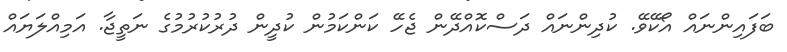
ބަފައިންނައް އޯކޭވޭ. ކުދިންނައް ދަސްކޮއްދޭން ޖެހޭ ކަންކަމުން ކުދީން ދުރުކުރުމުގެ ނަތީޖާ. އަމިއްލަޔައް